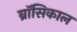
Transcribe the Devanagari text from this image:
ब्रॉसिकाल